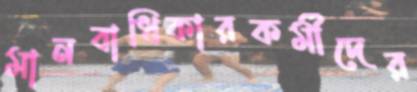
মানবাধিকারকর্মীদের